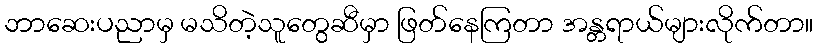
ဘာဆေးပညာမှ မသိတဲ့သူတွေဆီမှာ ဖြတ်နေကြတာ အန္တရာယ်များလိုက်တာ။